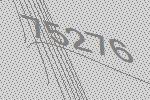
75276